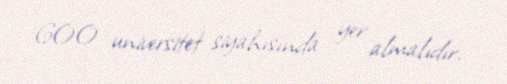
600 universitet siyahısında yer almalıdır.